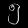
Digit: ၅